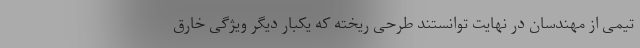
تیمی از مهندسان در نهایت توانستند طرحی ریخته که یکبار دیگر ویژگی خارق